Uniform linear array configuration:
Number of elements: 32
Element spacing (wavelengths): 0.25
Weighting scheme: binomial
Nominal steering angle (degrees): -60
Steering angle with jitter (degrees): -60.833
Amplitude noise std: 0.05
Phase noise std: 0.05

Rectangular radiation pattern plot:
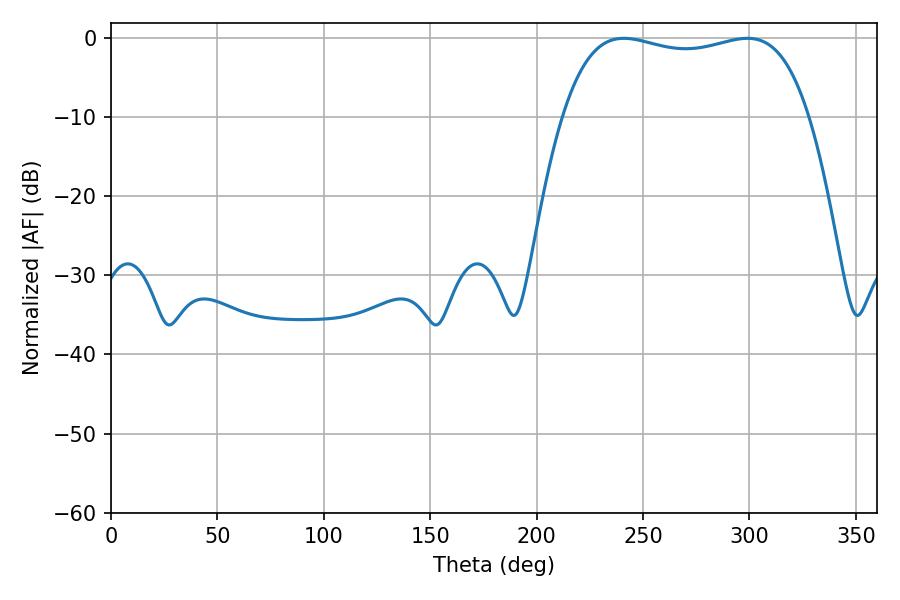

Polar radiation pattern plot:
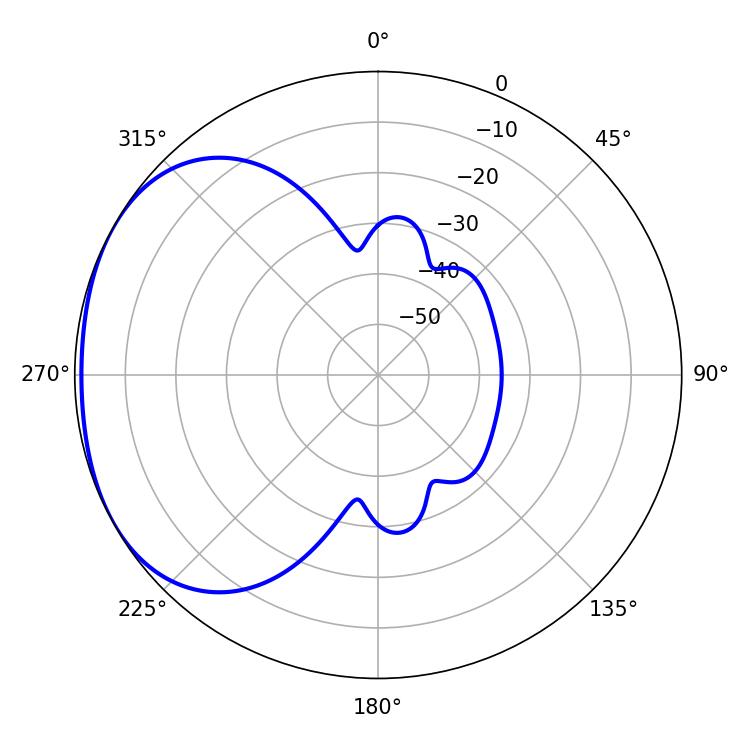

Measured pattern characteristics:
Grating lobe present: FALSE
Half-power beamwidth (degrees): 93.6
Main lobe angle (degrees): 241.02